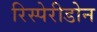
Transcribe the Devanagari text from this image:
रिस्पेरीडोन